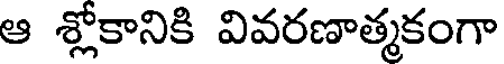
ఆ శ్లోకానికి వివరణాత్మకంగా